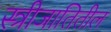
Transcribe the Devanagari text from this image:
स्त्रीजातितील